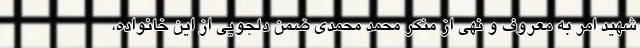
شهید امر به معروف و نهی از منکر محمد محمدی ضمن دلجویی از این خانواده،